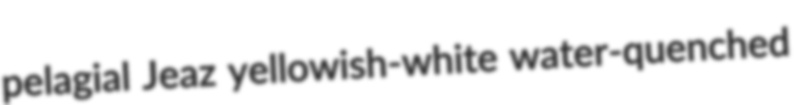
pelagial Jeaz yellowish-white water-quenched